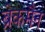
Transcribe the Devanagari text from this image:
ब्रेकमैन